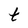
Character: t